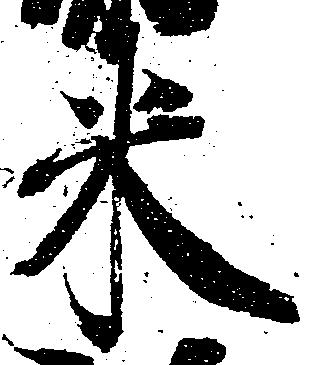
米